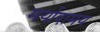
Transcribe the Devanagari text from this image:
मर्यादामय